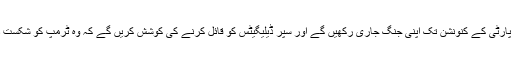
سینڈرز نے اختتام ہفتہ کہا تھا کہ وہ پارٹی کے کنونشن تک اپنی جنگ جاری رکھیں گے اور سپر ڈیلیگیٹس کو قائل کرنے کی کوشش کریں گے کہ وہ ٹرمپ کو شکست دینے کے لیے بہتر پوزیشن میں ہیں۔